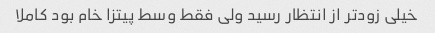
خیلی زودتر از انتظار رسید ولی فقط وسط پیتزا خام بود کاملا